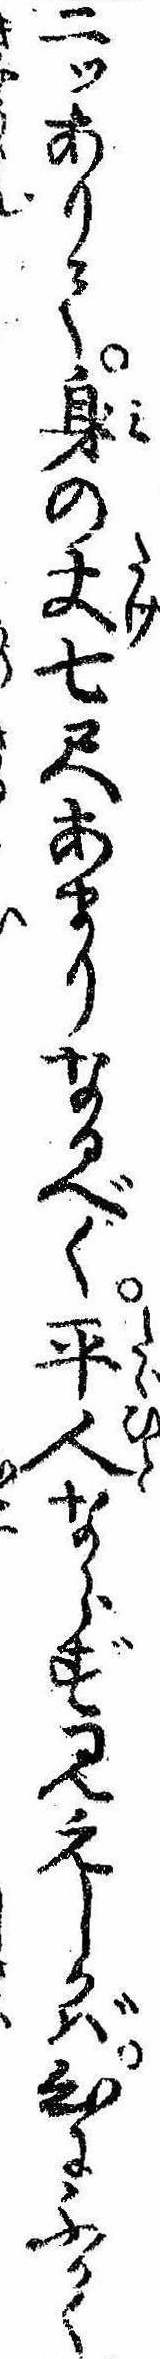
二ッありて身の丈七尺あまりなるべく平人ならず見えしかば心にふかく